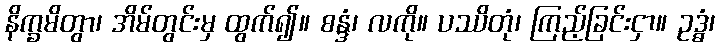
နိက္ခမိတွာ၊ အိမ်တွင်းမှ ထွက်၍။ စန္ဒံ၊ လကို။ ပဿိတုံ၊ ကြည့်ခြင်းငှာ။ ဥဒ္ဓံ၊